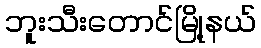
ဘူးသီးတောင်မြို့နယ်